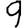
Digit: 9